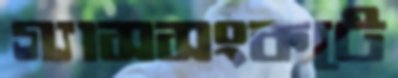
গ্যাসসংকটে